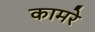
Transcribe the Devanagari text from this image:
कामरे